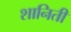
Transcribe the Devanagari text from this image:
शानिती